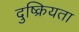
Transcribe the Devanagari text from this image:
दुष्क्रियता